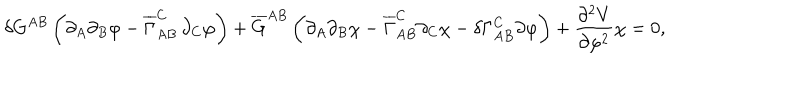
\delta G ^ { A B } \, \biggl ( \partial _ { A } \partial _ { B } \varphi - \overline { { { \Gamma } } } _ { A B } ^ { C } \, \partial _ { C } \varphi \biggr ) + \overline { { { G } } } ^ { A B } \, \biggl ( \partial _ { A } \partial _ { B } \chi - \overline { { { \Gamma } } } _ { A B } ^ { C } \partial _ { C } \chi - \delta \Gamma _ { A B } ^ { C } \partial \varphi \biggr ) + \frac { \partial ^ { 2 } V } { \partial \varphi ^ { 2 } } \chi = 0 ,